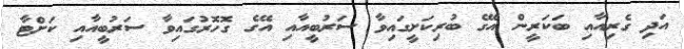
އަދި ގެރިއާއި ބަކަރީން އޭގެ ބުރިކަށީގައިވާ ސަރުބީއާއި އޭގެ ގޮހޮރުގައިވާ ސަރުބީއާއި ކަށްޓާ